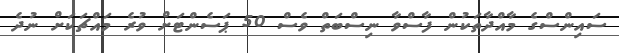
ސައިންސްގެ މާއްދާތަކުން ފާސްވާ ނިސްބަތް ވެސް 50 ޕަސެންޓަށް ވުރެ މައްޗަކަށް ނުދެ